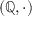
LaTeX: \left( \mathbb { Q } , \cdot \right)